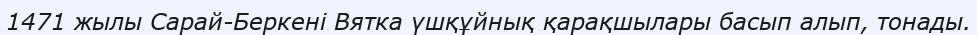
1471 жылы Сарай-Беркені Вятка үшқұйнық қарақшылары басып алып, тонады.